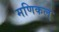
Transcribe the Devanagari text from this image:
मणिकल्